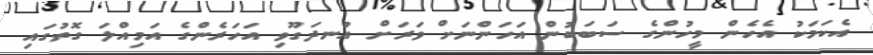
އެކަމަކު އެހެން މީހުންގެ ސަބަބުން އަހަންނަށް ވަރަށް އުނދަގޫވި އަހަރެންގެ އަމިއްލަ ގޮތުގައި